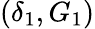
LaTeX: (\delta_{1},G_{1})